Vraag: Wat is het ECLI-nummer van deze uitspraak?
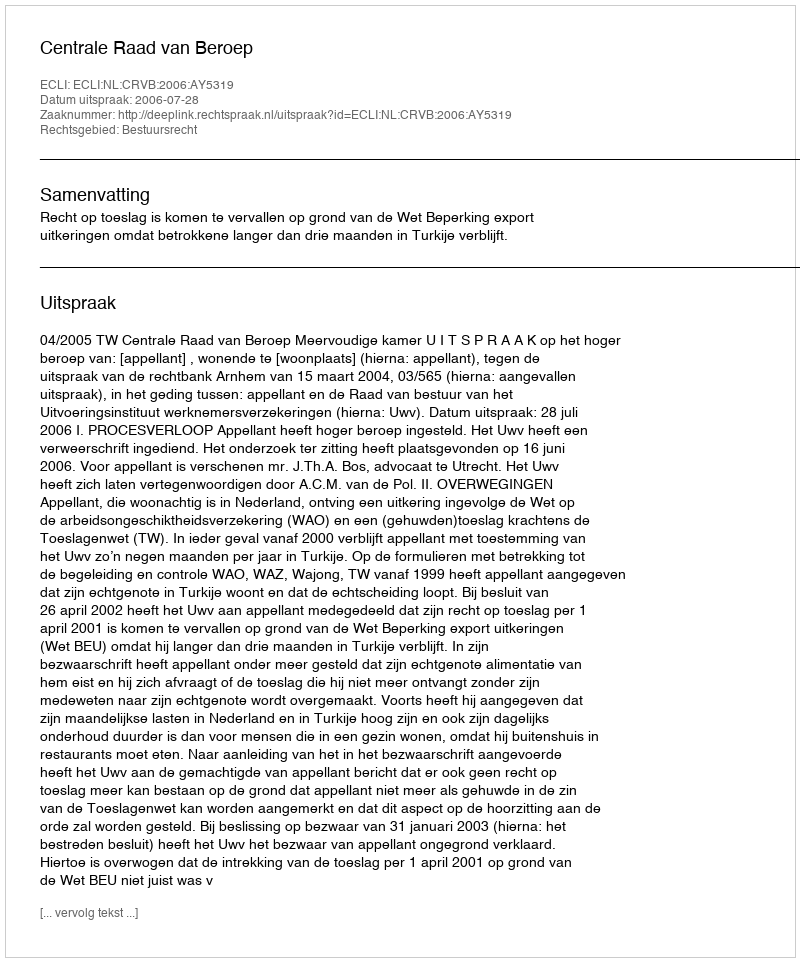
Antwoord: ECLI:NL:CRVB:2006:AY5319